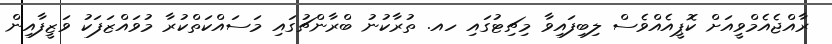
ރާއްޖެއެމްވީއަށް ކޮޕީއެއްވެސް ލިބިފައިވާ މިޗިޓުގައި ހއ. ތުރާކުނު ބްރާންޗުގައި މަސައްކަތްކުރާ މުވައްޒަފަކު ވަޒީފާއިން